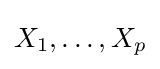
X_{1},\ldots ,X_{p}